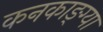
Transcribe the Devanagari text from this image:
कनकाङ्ग्या